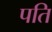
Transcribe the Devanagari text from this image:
पति